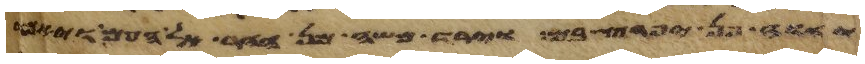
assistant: יהוה פן יפרץ בם וירד משה מן ההר אל העם